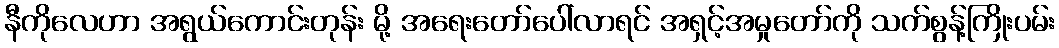
နီကိုလေဟာ အရွယ်ကောင်းတုန်း မို့ အရေးတော်ပေါ်လာရင် အရှင့်အမှုတော်ကို သက်စွန့်ကြိုးပမ်း